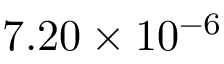
7 . 2 0 \times 1 0 ^ { - 6 }